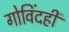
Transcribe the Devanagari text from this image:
गोविंदही